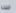
ابنته